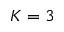
K = 3